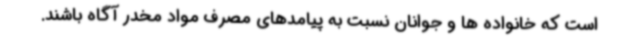
است که خانواده ها و جوانان نسبت به پیامدهای مصرف مواد مخدر آگاه باشند.